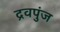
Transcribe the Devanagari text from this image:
द्रवपुंज